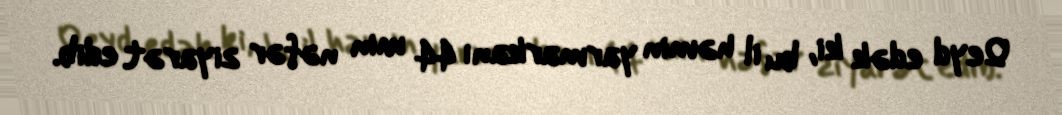
Qeyd edək ki, bu il həmin yarmarkanı 44 min nəfər ziyarət edib.